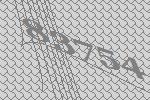
83754